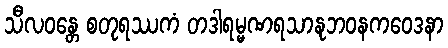
သီလဝန္တေ စတုရဿကံ တဒါရမ္မဏရသာနုဘဝနကဝေဒနာ